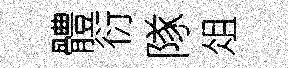
體衍隊俎